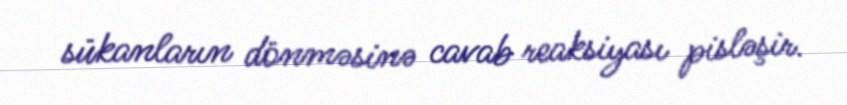
sükanların dönməsinə cavab reaksiyası pisləşir.